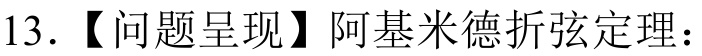
13.【问题呈现】阿基米德折弦定理：